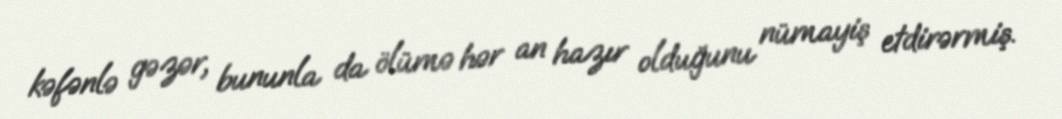
kəfənlə gəzər, bununla da ölümə hər an hazır olduğunu nümayiş etdirərmiş.